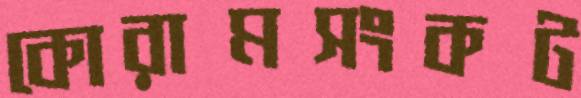
কোরামসংকট